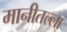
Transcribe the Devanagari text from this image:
मानीतल्ला